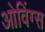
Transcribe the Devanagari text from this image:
ओविंग्स